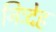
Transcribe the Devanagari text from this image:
निःदेह